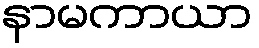
နာမကာယာ